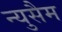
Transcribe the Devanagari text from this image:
न्युसैम